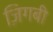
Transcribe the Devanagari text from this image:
ज़िगबी